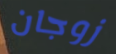
زوجان